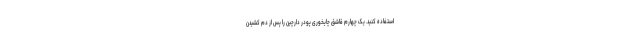
استفاده کنید. یک چهارم قاشق چایخوری پودر دارچین را پس از دم کشیدن